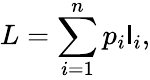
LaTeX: L=\sum_{i=1}^{n}p_{i}\mathsf{l}_{i},